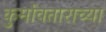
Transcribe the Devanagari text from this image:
कुर्मावताराच्या